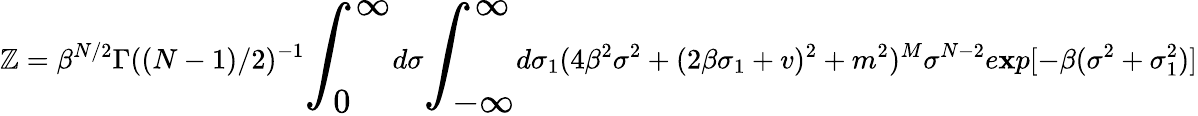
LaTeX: \mathbb{Z}=\beta^{N/2}\Gamma((N-1)/2)^{-1}{\LARGE\int_{0}^{\infty}}d\sigma{\LARGE\int_{-\infty}^{\infty}}d\sigma_{1}(4\beta^{2}\sigma^{2}+(2\beta\sigma_{1}+v)^{2}+m^{2})^{M}\sigma^{N-2}e\mathbf{x}p[-\beta(\sigma^{2}+\sigma_{1}^{2})]